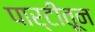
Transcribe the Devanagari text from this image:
पार्टीतून